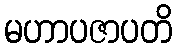
မဟာပဇာပတိ